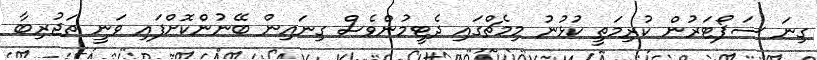
ގިނަ ސަޕޯޓަރުން ކުރިމަތީ ކުޅުނު މިމެޗްގައި ދެޓީމުންވެސް ގިނައިން ބޭނުންކޮށްފައި ވަނީ ތަޖުރިބާ